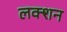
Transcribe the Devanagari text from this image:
लक्शन